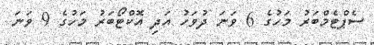
ސެޕްޓެމްބަރު މަހުގެ 6 ވަނަ ދުވަހު އަދި އޮކްޓޯބަރު މަހުގެ 9 ވަނަ